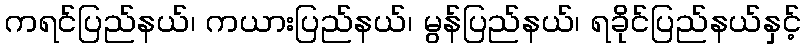
ကရင်ပြည်နယ်၊ ကယားပြည်နယ်၊ မွန်ပြည်နယ်၊ ရခိုင်ပြည်နယ်နှင့်